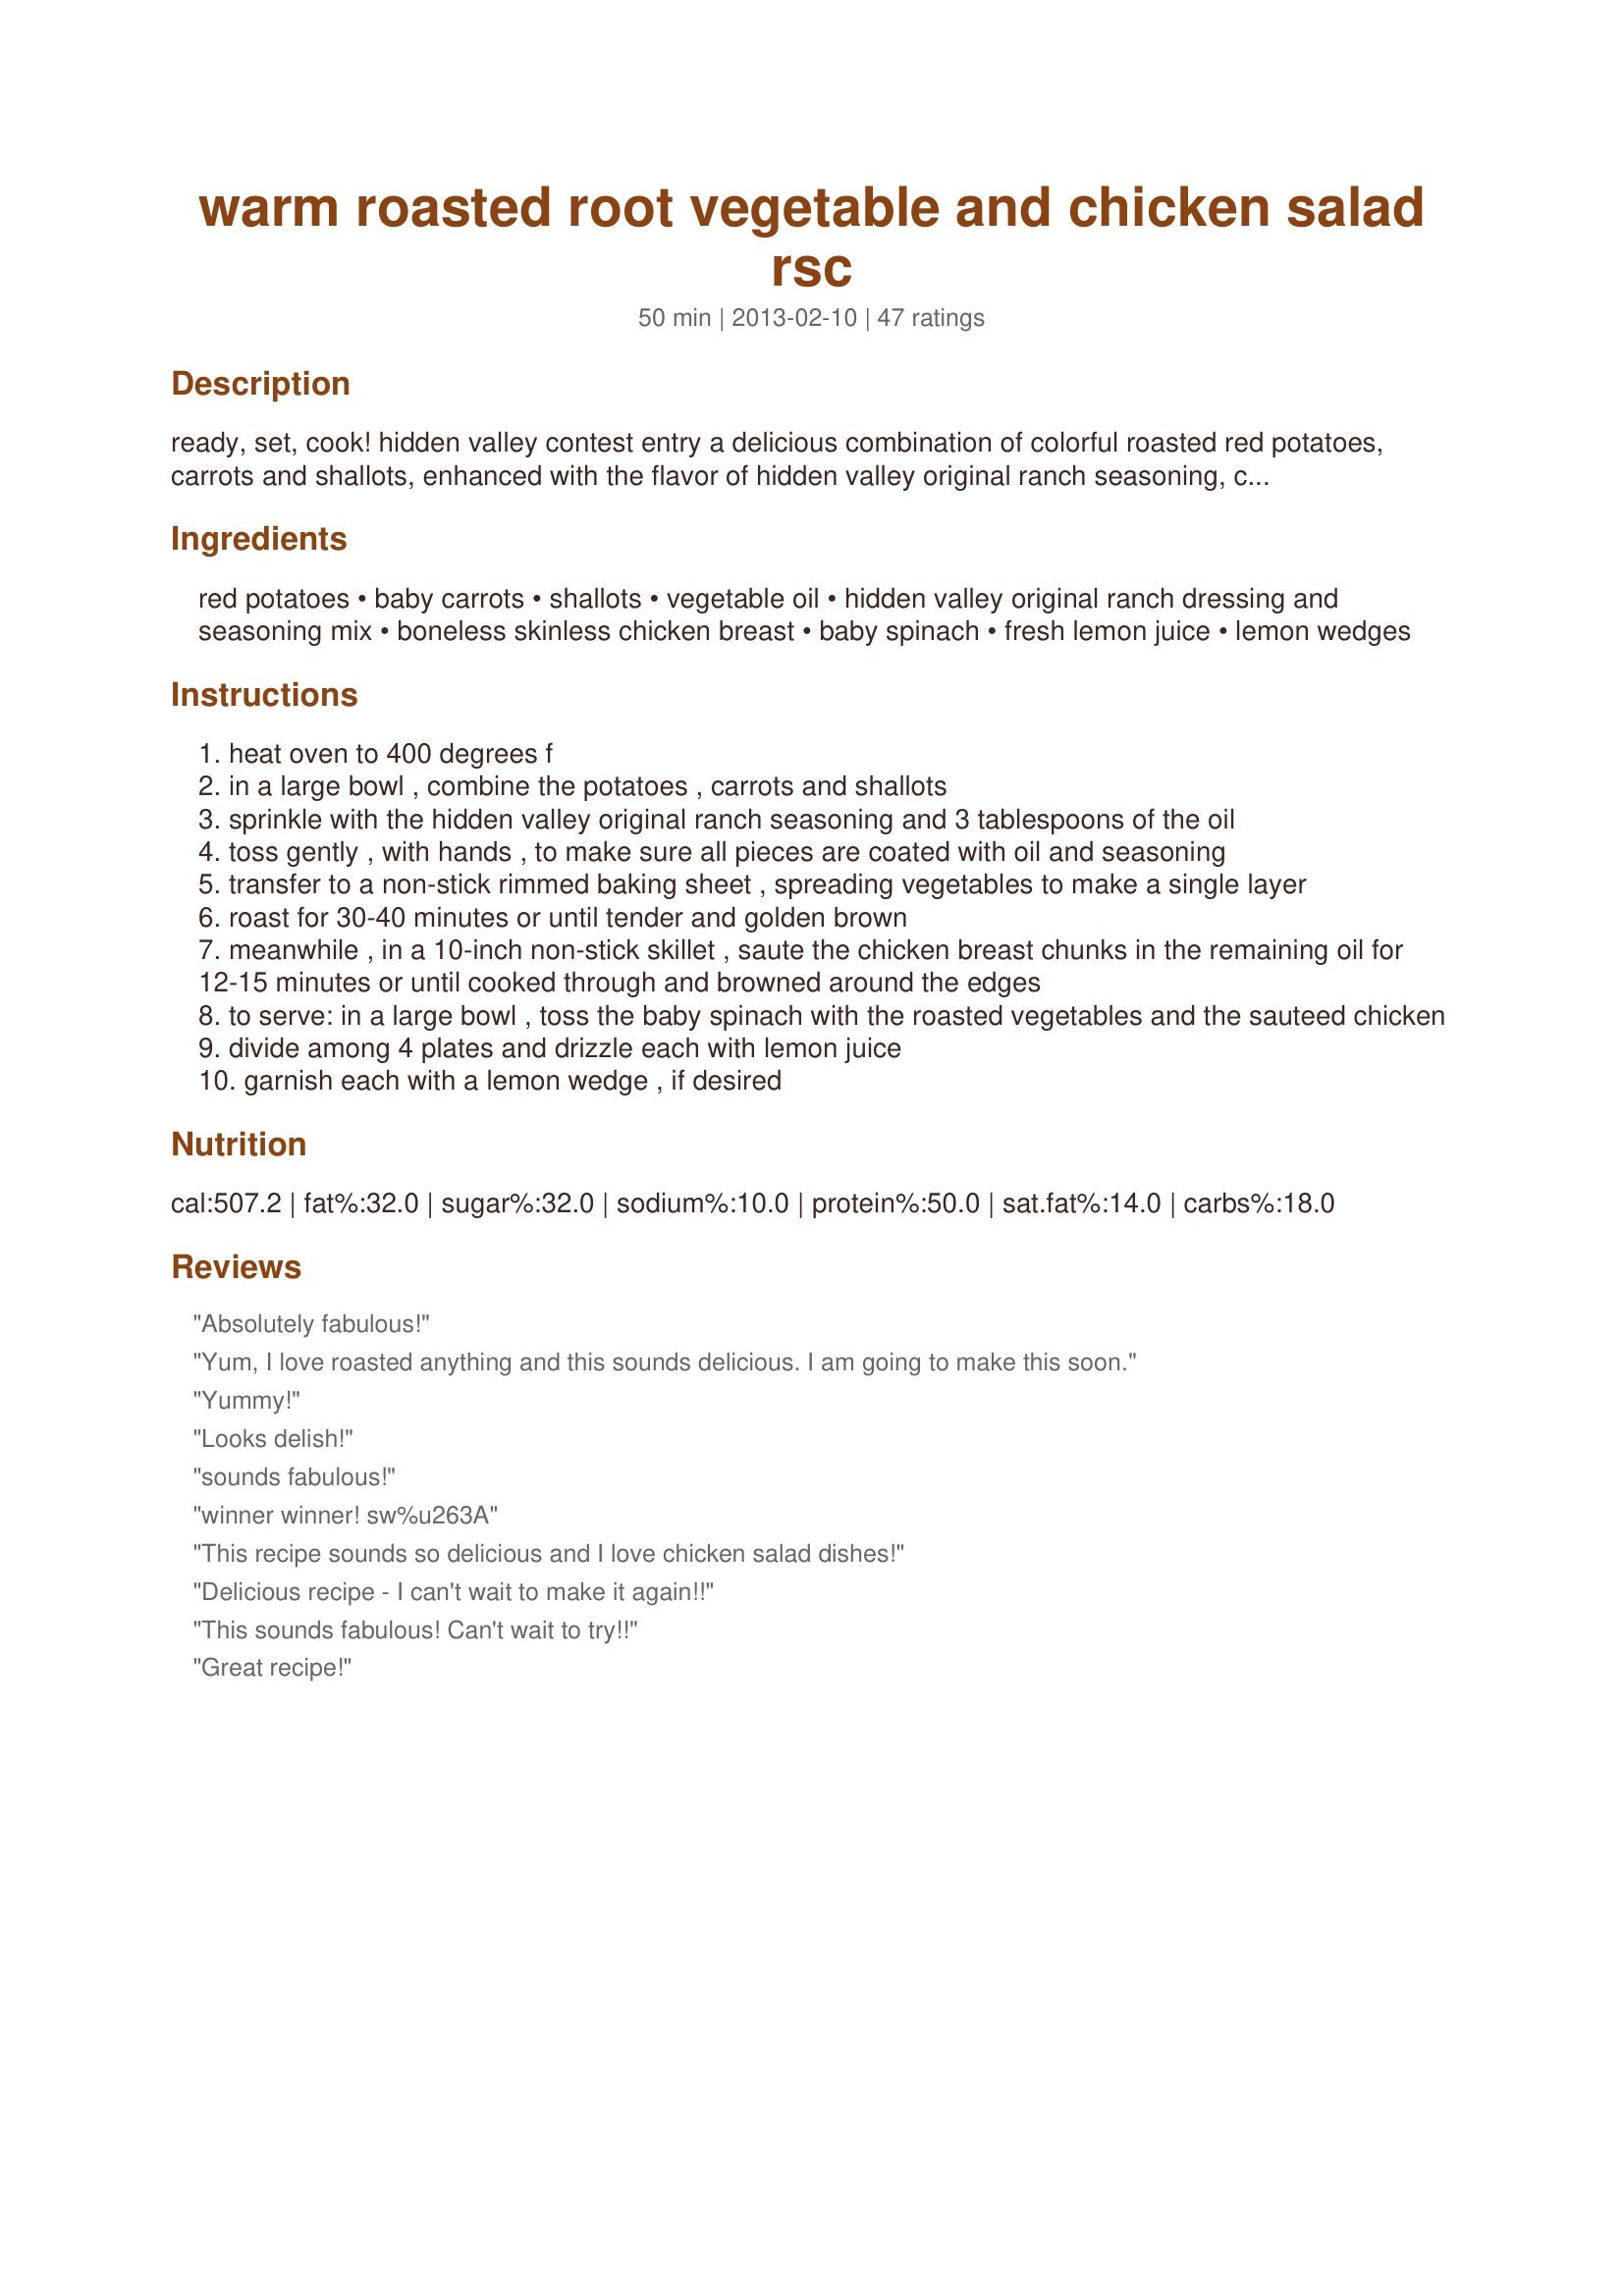
warm roasted root vegetable and chicken salad rsc
Preparation time: 50 minutes

ready, set, cook! hidden valley contest entry a delicious combination of colorful roasted red potatoes, carrots and shallots, enhanced with the flavor of hidden valley original ranch seasoning, combined with juicy chunks of sauteed chicken breast. all tossed with baby spinach and drizzled with fresh lemon juice.

Ingredients:
red potatoes, baby carrots, shallots, vegetable oil, hidden valley original ranch dressing and seasoning mix, boneless skinless chicken breast, baby spinach, fresh lemon juice, lemon wedges

Steps:
heat oven to 400 degrees f
in a large bowl , combine the potatoes , carrots and shallots
sprinkle with the hidden valley original ranch seasoning and 3 tablespoons of the oil
toss gently , with hands , to make sure all pieces are coated with oil and seasoning
transfer to a non-stick rimmed baking sheet , spreading vegetables to make a single layer
roast for 30-40 minutes or until tender and golden brown
meanwhile , in a 10-inch non-stick skillet , saute the chicken breast chunks in the remaining oil for 12-15 minutes or until cooked through and browned around the edges
to serve: in a large bowl , toss the baby spinach with the roasted vegetables and the sauteed chicken
divide among 4 plates and drizzle each with lemon juice
garnish each with a lemon wedge , if desired

Reviews:
Absolutely fabulous!
Yum, I love roasted anything and this sounds delicious. I am going to make this soon.
Yummy!
Looks delish!
sounds fabulous!
winner winner! sw%u263A
This recipe sounds so delicious and I love chicken salad dishes!
Delicious recipe - I can't wait to make it again!!
This sounds fabulous! Can't wait to try!!
Great recipe!
This sounds delicious - I can't wait to try it!
I made this and we totally enjoyed it. I will be making it again and again.
Great flavor and very satisfying salad! Love it!
Love root vegetables..yum
Right up my alley! Looks divine!
Try this; it's delicious.
Outstanding :)
Fabulous!!
This was very easy to make and tastes great!
Very nice!
Wow, what a delicious and extremely healthy meal.
Fresh, delicious and creative....great recipe!
Looking forward to trying this one!
What a delicious and wonderful recipe, I love it!
fabulous
Looks delicious!
Excellent dish! I love to take left overs to work.
This recioe tasted amazing Souxie! Thank you for sharing. My family loved it!
So Delicious!! Love the Great Vegetable Flavors with the Yummy Chicken :-)
Great idea - love new and different chicken salad ideas!
Yum!!! :)
The ingredients are all a combination of my family favorites. Roasted red potato, chicken and carrot. Had to try!!! This was just wonderful, easy and very tasty. Love what the Ranch did for the entire dish. Love it!!!! Thank you for sharing
Better than just delicious!! It is OUTSTANDING. SO SO yummy!!! The family loved it!
Looks yummy!
This is an amazing recipe!
sounds really good
This is delicious !
Would love a bowl of your yummy soup on these snow storming day!!!
This sounds so delicious. What a great recipe!
Delicious. Is great for those cold night suppers. Great dish to experiment with other favorite root vegetables, too. Yum!
fabulous idea, love root veggies
great recipe!
Nicely done.
Healthy salads, I love them!
Looks and sounds marvelous!
Sounds great
A fantastic recipe! Try it-- you won't be disappointed.
